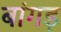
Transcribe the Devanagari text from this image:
बांगड़